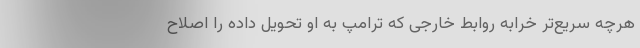
هرچه سریع‌تر خرابه روابط خارجی که ترامپ به او تحویل داده را اصلاح